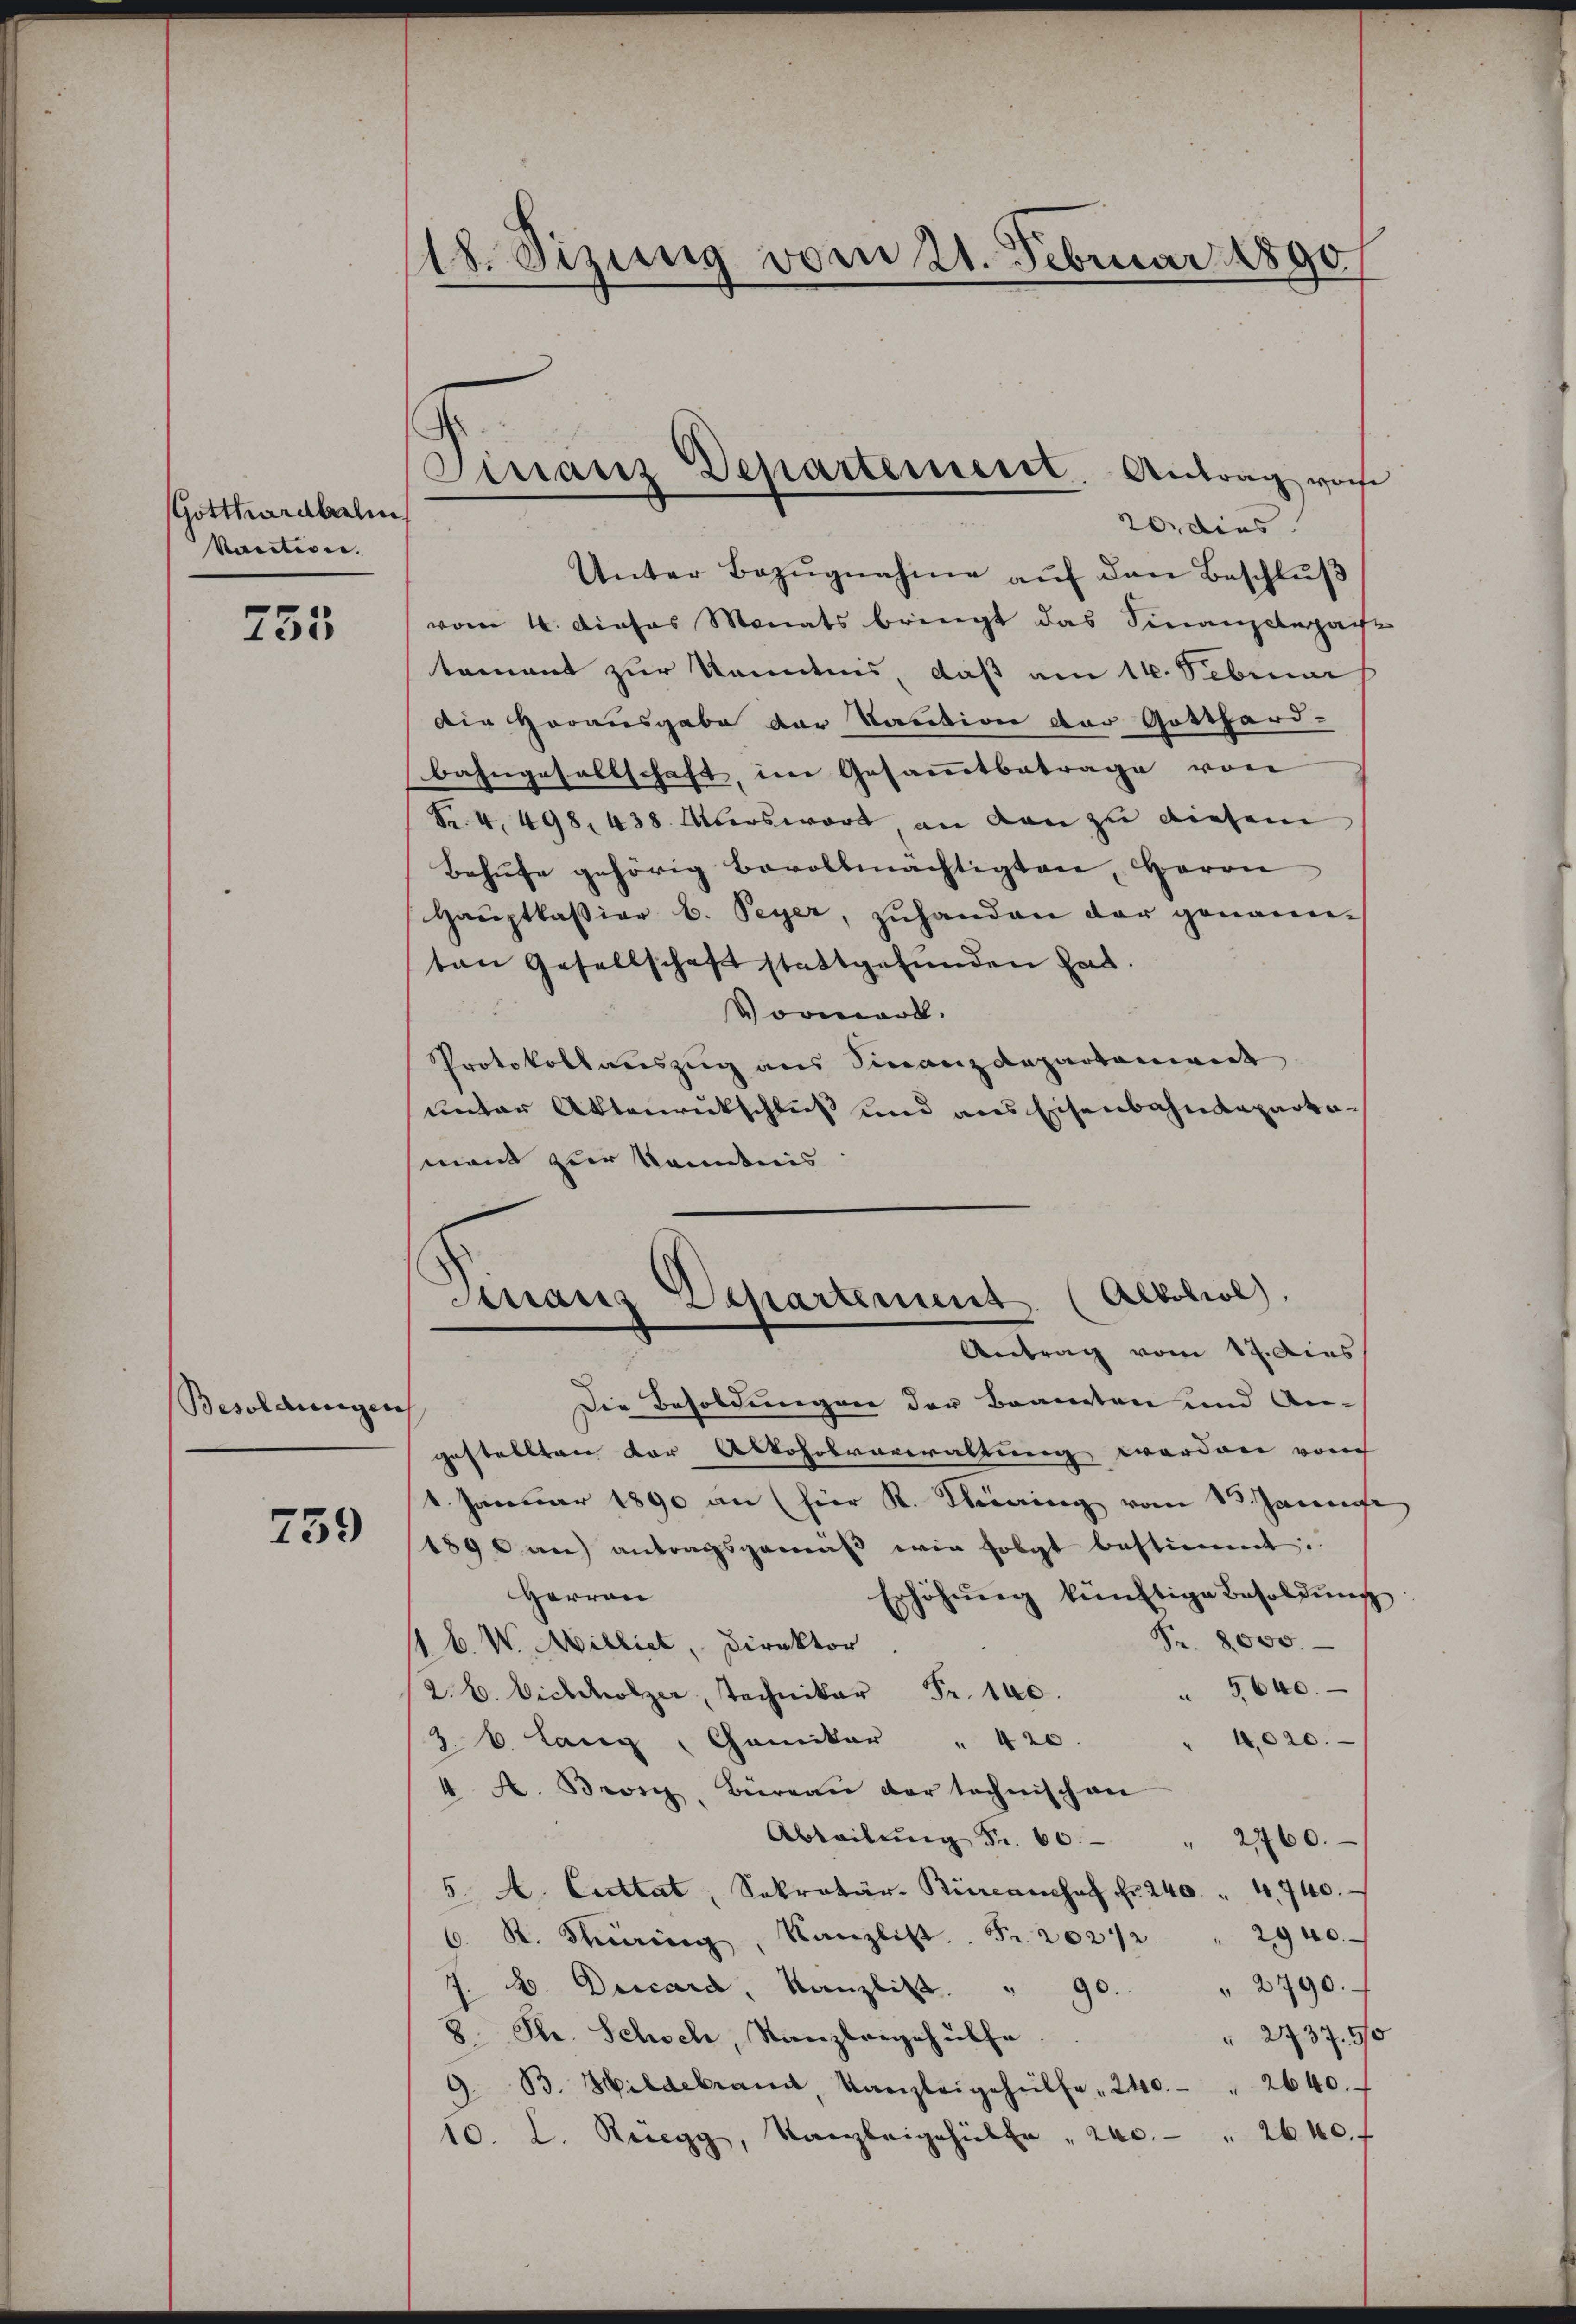
Gotthardbahn
Vaction.

755

Besoldungen

759

18. Sizung vom 21. Februar 1890

Unter Bezŭgnahme aŭf den Beschlŭβ
vom 4. Dieses Monats bringt das Finanzelepache
tament zur konntens, daß am 16. Februar
Die Horausgabe der Kaution der Gotthard-
Bahngesellschaft, im Gesammtbetrage von
Fr. 4, 498. 438. Überswort an den zu diesem
Behŭfe gehörig bevollmächtigten, Herrn
Haŭptkassiar b. Peyer, zŭhanden der genannton Gesellschaft stattgefunden hat.
Vormard.
Protokollauszug aus Finanzdepartament
unter Aktenrückschluß und aus Eisenbahndepartemant zur Kenntnis
Ainaus Departement (Altobiol
Antrag vom 17. dies
Die Besoldungen der Beamten und Angestellten vor Alkoholverwaltung werden vom
1. Januar 1890 an (hier K. Therering vom 13. Janus
1890 an antragsgemäβ wir folgt bestimmt:
Erhöhŭng künftige Besoldŭng
Herren
Nr. 8000.
J. B. W. Milliet, Direktor
5640.
.
4,020.
26. Lang "Caniker " 420.
4 A. Brosi, Büreau der technisch an
Abteilŭng Fr. 60. " 2760.
5. A. Cuttat, Sekretär. Büreanchef fr. 240 " 4, 740.
C. R. Thüring, Kanzlist. Fr. 202/2 " 2940.
J. A. Descard, Kanzlist. " 90. " 2790.
E
" 2737. 510
Ple. Schoch, Kanzleigehülfe
9. B. Hildebrannt, Kanzleigehülfe " 240. " 2640.
10. L. Ruegg, Kanzleigehülfe " 240 " 2640.

Finanz Departement. Antrag vor
20. dies